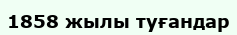
1858 жылы туғандар